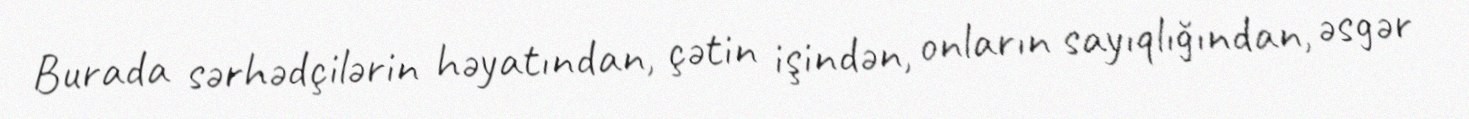
Burada sərhədçilərin həyatından, çətin işindən, onların sayıqlığından, əsgər